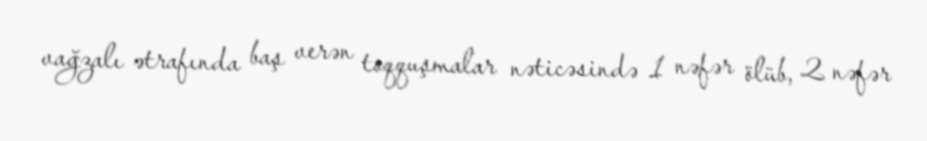
vağzalı ətrafında baş verən toqquşmalar nəticəsində 1 nəfər ölüb, 2 nəfər